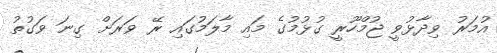
އުމަރު ވިދާޅުވީ ޖުމްހޫރީ ގުޅުމުގެ މައި މާލަމުގައި ރޭ ވަރަށް ގިނަ ވަގުތު